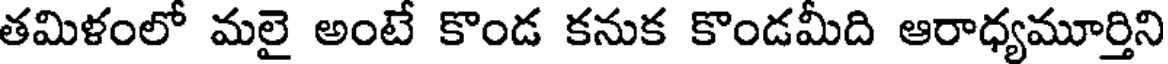
తమిళంలో మలై అంటే కొండ కనుక కొండమీది ఆరాధ్యమూర్తిని